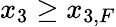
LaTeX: x_{3}\ge x_{3,F}